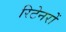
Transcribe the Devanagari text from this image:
रिटेनरों